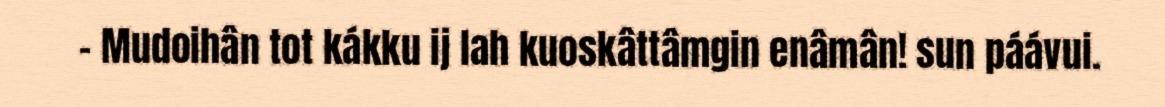
- Mudoihân tot kákku ij lah kuoskâttâmgin enâmân! sun páávui.